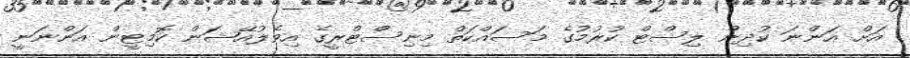
އަށް އަންނަ ކުދިން ލިސްޓް ކުރުމުގެ މަސައްކަތް މިނިސްޓްރީގެ އިވެލުއޭޝަން ކޮމިޓީން އަންނަނީ